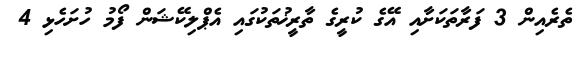
ތެރެއިން 3 ފަރާތަކަށާއި އޭގެ ކުރީގެ ތާރީޚުތަކުގައި އެޕްލިކޭޝަން ފޯމު ހުށަހެޅި 4